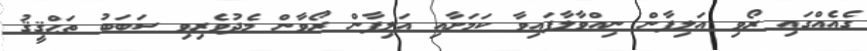
ގެއެއްގައި ރޯވި އަލިފާން ނިއްވާލާފައިވާ ކަމަށާއި އަލިފާން ރޯވާން މެދުވެރިވި ސަބަބު ތަޙްޤީޤު